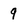
Character: 9